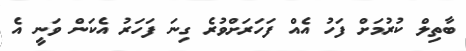
ބާތިލް ކުރުމަށް ފަހު އެއް ފަހަރަށްވުރެ ގިނަ ފަހަރު އެކަން ވަނީ އެ